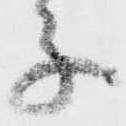
子